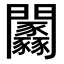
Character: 𨷼